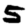
Digit: 5